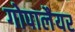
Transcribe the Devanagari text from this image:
गोपालैयर